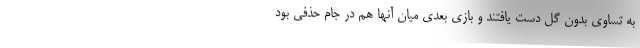
به تساوی بدون گل دست یافتند و بازی بعدی میان آنها هم در جام حذفی بود